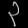
Digit: ၃